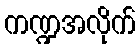
ကဏ္ဍအလိုက်